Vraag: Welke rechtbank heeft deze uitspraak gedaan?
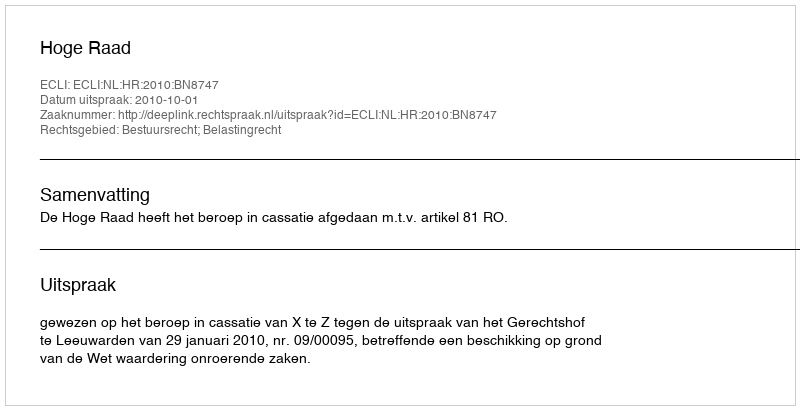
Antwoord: Hoge Raad